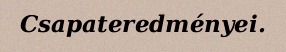
Csapateredményei.